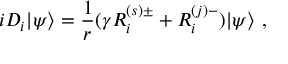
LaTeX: i D _ { i } | \psi \rangle = \frac { 1 } { r } ( \gamma { \cal R } _ { i } ^ { ( s ) \pm } + { \cal R } _ { i } ^ { ( j ) - } ) | \psi \rangle ~ , \nonumber